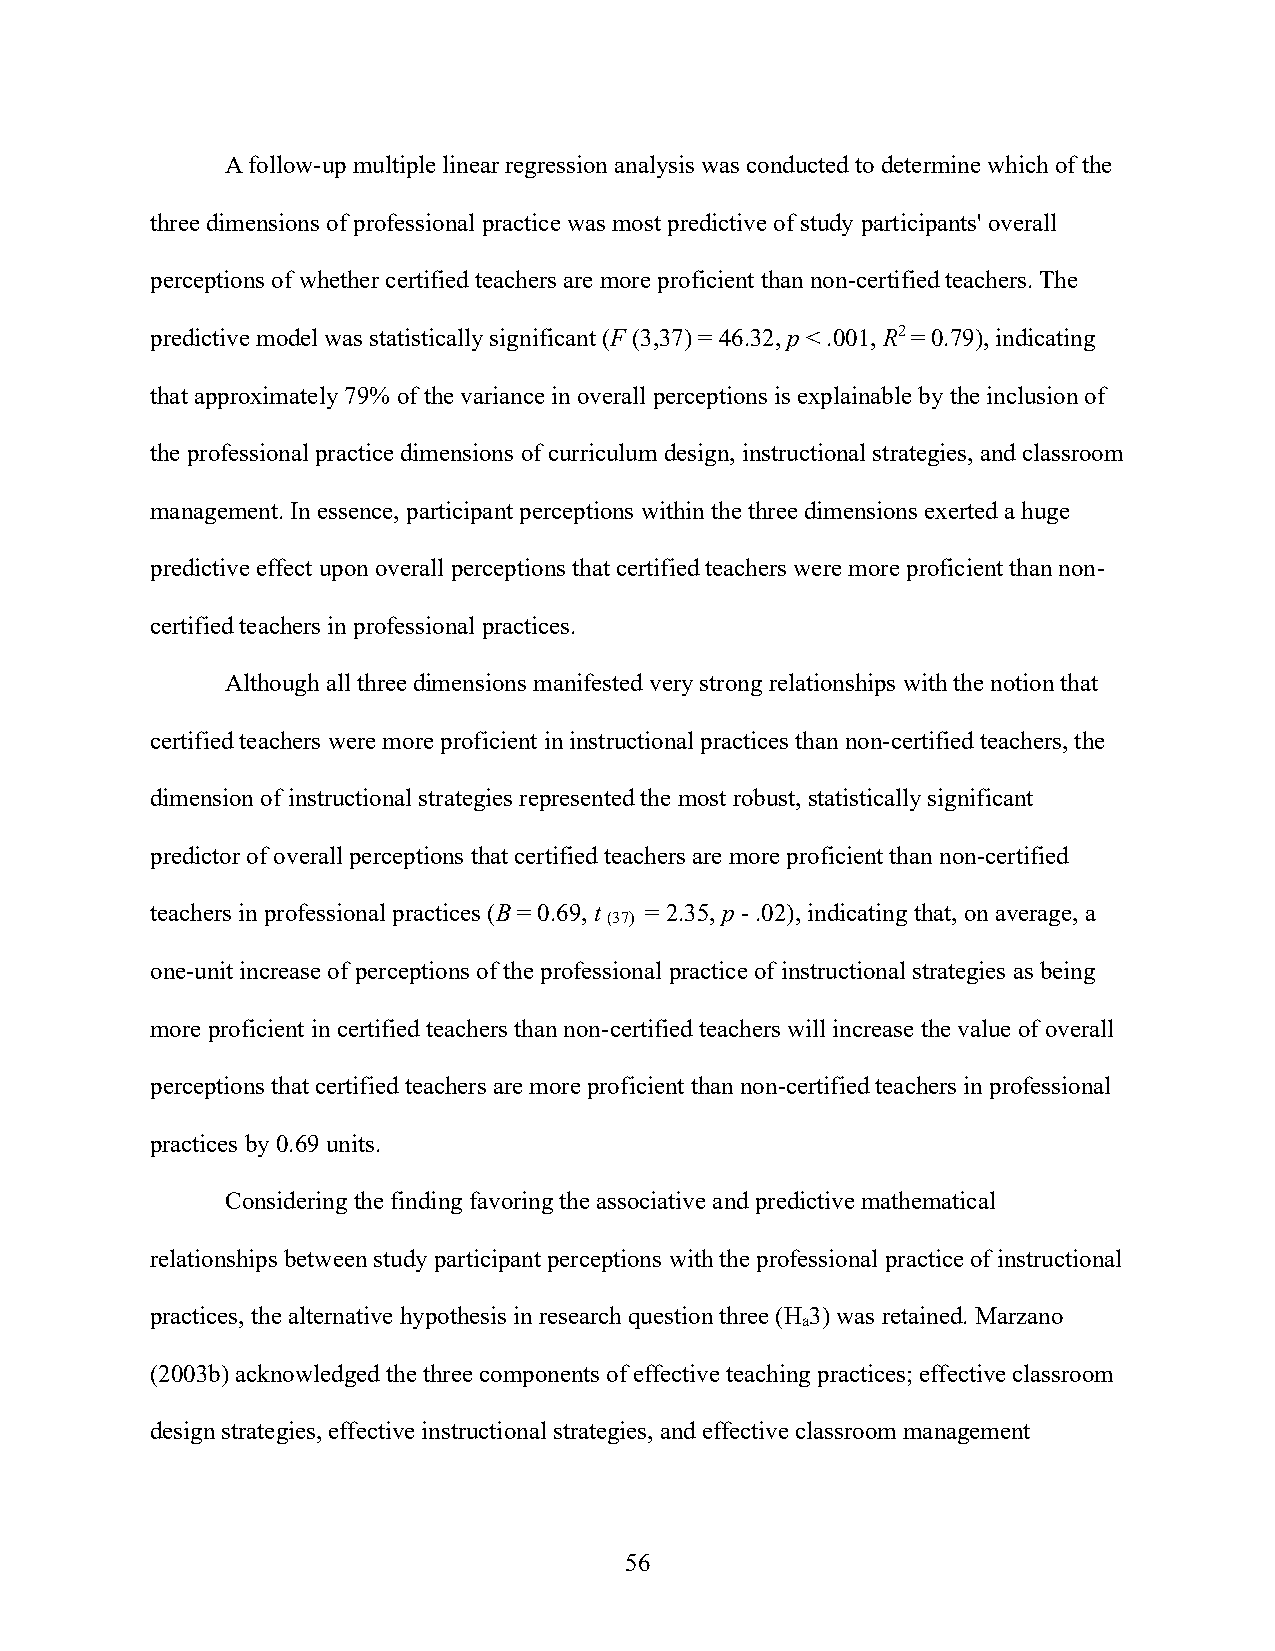
A follow-up multiple linear regression analysis was conducted to determine which of the
 three dimensions of professional practice was most predictive of study participants' overall
 perceptions of whether certified teachers are more proficient than non-certified teachers. The
 predictive model was statistically significant (F (3,37) = 46.32, p < .001, R2 = 0.79), indicating
 that approximately 79% of the variance in overall perceptions is explainable by the inclusion of
 the professional practice dimensions of curriculum design, instructional strategies, and classroom
 management. In essence, participant perceptions within the three dimensions exerted a huge
 predictive effect upon overall perceptions that certified teachers were more proficient than non-
 certified teachers in professional practices.
 Although all three dimensions manifested very strong relationships with the notion that
 certified teachers were more proficient in instructional practices than non-certified teachers, the
 dimension of instructional strategies represented the most robust, statistically significant
 predictor of overall perceptions that certified teachers are more proficient than non-certified
 teachers in professional practices (B = 0.69, t = 2.35, p - .02), indicating that, on average, a
 (37)
 one-unit increase of perceptions of the professional practice of instructional strategies as being
 more proficient in certified teachers than non-certified teachers will increase the value of overall
 perceptions that certified teachers are more proficient than non-certified teachers in professional
 practices by 0.69 units.
 Considering the finding favoring the associative and predictive mathematical
 relationships between study participant perceptions with the professional practice of instructional
 practices, the alternative hypothesis in research question three (H 3) was retained. Marzano
 a
 (2003b) acknowledged the three components of effective teaching practices; effective classroom
 design strategies, effective instructional strategies, and effective classroom management
 56